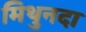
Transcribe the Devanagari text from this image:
मिथुनदा